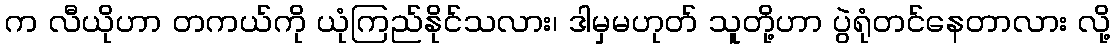
က လီယိုဟာ တကယ်ကို ယုံကြည်နိုင်သလား၊ ဒါမှမဟုတ် သူတို့ဟာ ပွဲရုံတင်နေတာလား လို့